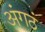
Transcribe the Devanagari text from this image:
अंगठं